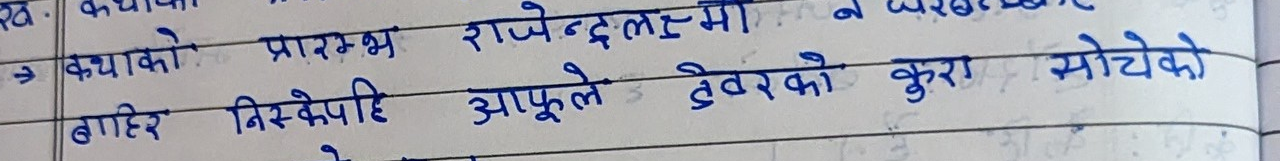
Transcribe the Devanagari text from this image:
कथाको प्रारम्भ राजेन्द्रलक्ष्मीले वर्ष ।
बाहिर निस्किएपछि आफुले देवरको कुरा सोचेको